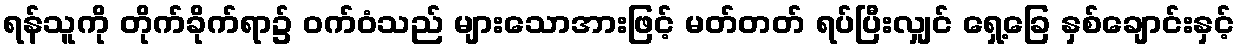
ရန်သူကို တိုက်ခိုက်ရာ၌ ဝက်ဝံသည် များသောအားဖြင့် မတ်တတ် ရပ်ပြီးလျှင် ရှေ့ခြေ နှစ်ချောင်းနှင့်